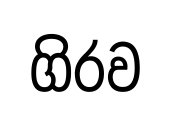
ගිරව